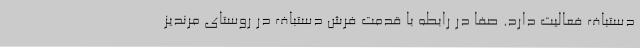
دستباف فعالیت دارد. صفا در رابطه با قدمت فرش دستباف در روستای مرندیز